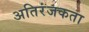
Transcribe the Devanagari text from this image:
अतिरंजकता